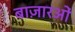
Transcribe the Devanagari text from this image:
बाज़ारओं